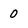
Character: 0